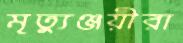
মৃত্যুঞ্জয়ীরা